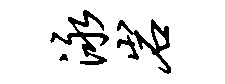
泳岩